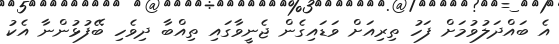
އެ ބައްދަލުވުމަށް ފަހު ތިރިއަށް ވަޑައިގެން ޖެނީވާގައި ތިއްބާ ދިވެހި ބޭފުޅުންނާ އެކު